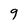
Character: 9